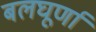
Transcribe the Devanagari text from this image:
बलघूर्णा